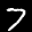
Label: 7